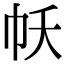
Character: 𢁱